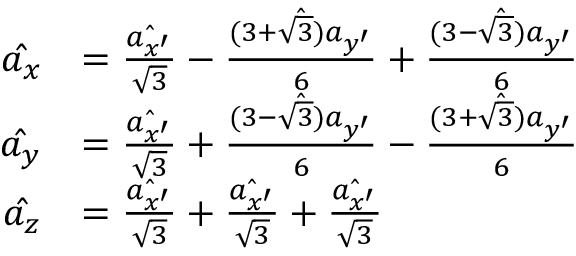
\begin{array} { r l } { \hat { a _ { x } } } & { = \frac { \hat { a _ { x ^ { \prime } } } } { \sqrt { 3 } } - \frac { \hat { ( 3 + \sqrt { 3 } ) a _ { y ^ { \prime } } } } { 6 } + \frac { \hat { ( 3 - \sqrt { 3 } ) a _ { y ^ { \prime } } } } { 6 } } \\ { \hat { a _ { y } } } & { = \frac { \hat { a _ { x ^ { \prime } } } } { \sqrt { 3 } } + \frac { \hat { ( 3 - \sqrt { 3 } ) a _ { y ^ { \prime } } } } { 6 } - \frac { \hat { ( 3 + \sqrt { 3 } ) a _ { y ^ { \prime } } } } { 6 } } \\ { \hat { a _ { z } } } & { = \frac { \hat { a _ { x ^ { \prime } } } } { \sqrt { 3 } } + \frac { \hat { a _ { x ^ { \prime } } } } { \sqrt { 3 } } + \frac { \hat { a _ { x ^ { \prime } } } } { \sqrt { 3 } } } \end{array}